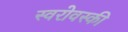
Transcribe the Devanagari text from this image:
स्वरोवस्की